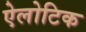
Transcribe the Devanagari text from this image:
ऐलोटिक